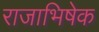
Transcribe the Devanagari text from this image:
राजाभिषेक